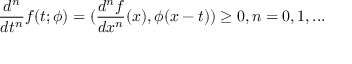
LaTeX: \frac { d ^ { n } } { d t ^ { n } } f ( t ; \phi ) = ( \frac { d ^ { n } f } { d x ^ { n } } ( x ) , \phi ( x - t ) ) \geq 0 , n = 0 , 1 , . . .